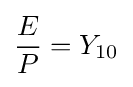
{\frac {E}{P}}=Y_{\text{10}}